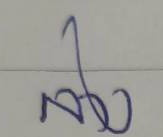
ล่าง